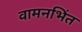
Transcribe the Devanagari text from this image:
वामनभिंत